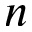
n